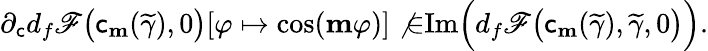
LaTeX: \partial_{\mathsf{c}}d_{f}\mathscr{{F}}\big(\mathsf{c}_{\mathbf{{m}}}(\widetilde{{\gamma}}),0\big)[\varphi\mapsto\cos(\mathbf{{m}}\varphi)]\not{\in}\textnormal{Im}\Big(d_{f}\mathscr{{F}}\big(\mathsf{c}_{\mathbf{{m}}}(\widetilde{{\gamma}}),\widetilde{{\gamma}},0\big)\Big).